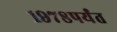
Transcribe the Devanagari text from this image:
१९७८पर्यंत